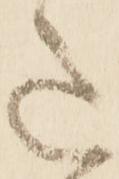
意